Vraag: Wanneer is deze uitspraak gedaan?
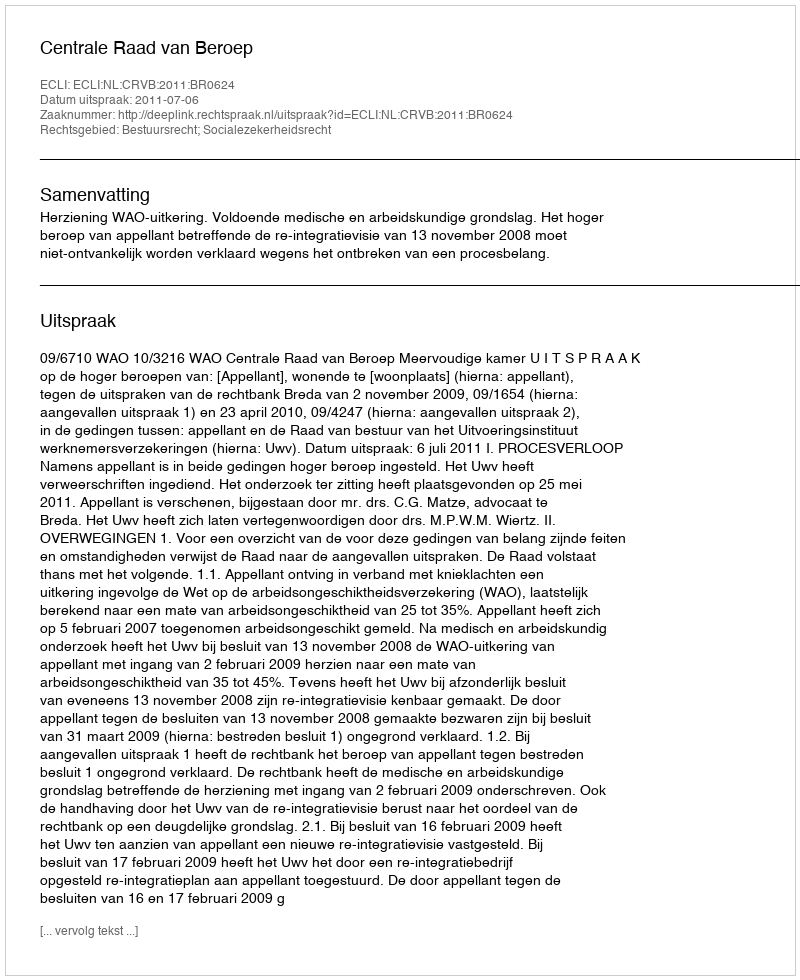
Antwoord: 2011-07-06